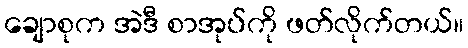
ချောစုက အဲဒီ စာအုပ်ကို ဖတ်လိုက်တယ်။